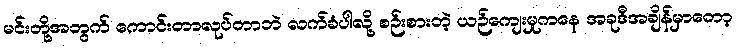
မင်းတို့အတွက် ကောင်းတာလုပ်တာဘဲ လက်ခံပါလို့ စဉ်းစားတဲ့ ယဉ်ကျေးမှုကနေ အခုဒီအချိန်မှာတော့